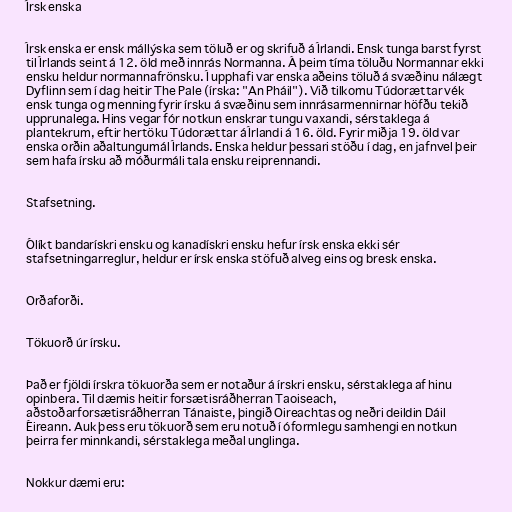
Írsk enska

Írsk enska er ensk mállýska sem töluð er og skrifuð á Írlandi. Ensk tunga barst fyrst
til Írlands seint á 12. öld með innrás Normanna. Á þeim tíma töluðu Normannar ekki
ensku heldur normannafrönsku. Í upphafi var enska aðeins töluð á svæðinu nálægt
Dyflinn sem í dag heitir The Pale (írska: "An Pháil"). Við tilkomu Túdorættar vék
ensk tunga og menning fyrir írsku á svæðinu sem innrásarmennirnar höfðu tekið
upprunalega. Hins vegar fór notkun enskrar tungu vaxandi, sérstaklega á
plantekrum, eftir hertöku Túdorættar á Írlandi á 16. öld. Fyrir miðja 19. öld var
enska orðin aðaltungumál Írlands. Enska heldur þessari stöðu í dag, en jafnvel þeir
sem hafa írsku að móðurmáli tala ensku reiprennandi.

Stafsetning.

Ólíkt bandarískri ensku og kanadískri ensku hefur írsk enska ekki sér
stafsetningarreglur, heldur er írsk enska stöfuð alveg eins og bresk enska.

Orðaforði.

Tökuorð úr írsku.

Það er fjöldi írskra tökuorða sem er notaður á írskri ensku, sérstaklega af hinu
opinbera. Til dæmis heitir forsætisráðherran Taoiseach,
aðstoðarforsætisráðherran Tánaiste, þingið Oireachtas og neðri deildin Dáil
Éireann. Auk þess eru tökuorð sem eru notuð í óformlegu samhengi en notkun
þeirra fer minnkandi, sérstaklega meðal unglinga.

Nokkur dæmi eru: